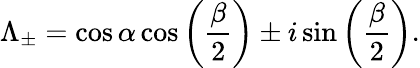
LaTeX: \Lambda_{\pm}=\cos\alpha\cos\left(\frac{\beta}{2}\right)\pm i\sin\left(\frac{\beta}{2}\right).